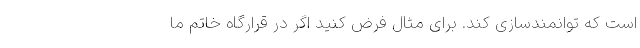
است که توانمندسازی کند. برای مثال فرض کنید اگر در قرارگاه خاتم ما